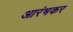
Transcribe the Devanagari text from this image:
आरंभकर